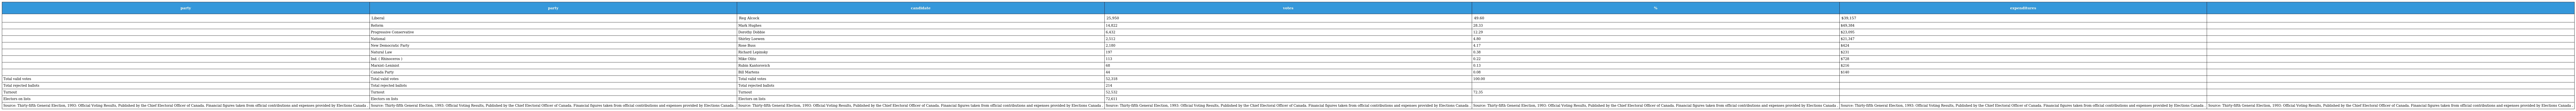
| party | party | candidate | votes | % | expenditures |  |
 | --- | --- | --- | --- | --- | --- | --- |
 |  | Liberal | Reg Alcock | 25,950 | 49.60 | $39,157 |  |
 |  | Reform | Mark Hughes | 14,822 | 28.33 | $49,384 |  |
 |  | Progressive Conservative | Dorothy Dobbie | 6,432 | 12.29 | $23,095 |  |
 |  | National | Shirley Loewen | 2,512 | 4.80 | $21,347 |  |
 |  | New Democratic Party | Rose Buss | 2,180 | 4.17 | $424 |  |
 |  | Natural Law | Richard Lepinsky | 197 | 0.38 | $231 |  |
 |  | Ind. ( Rhinoceros ) | Mike Olito | 113 | 0.22 | $728 |  |
 |  | Marxist–Leninist | Rubin Kantorovich | 68 | 0.13 | $216 |  |
 |  | Canada Party | Bill Martens | 44 | 0.08 | $140 |  |
 | Total valid votes | Total valid votes | Total valid votes | 52,318 | 100.00 |  |  |
 | Total rejected ballots | Total rejected ballots | Total rejected ballots | 214 |  |  |  |
 | Turnout | Turnout | Turnout | 52,532 | 72.35 |  |  |
 | Electors on lists | Electors on lists | Electors on lists | 72,611 |  |  |  |
 | Source: Thirty-fifth General Election, 1993: Official Voting Results, Published by the Chief Electoral Officer of Canada. Financial figures taken from official contributions and expenses provided by Elections Canada . | Source: Thirty-fifth General Election, 1993: Official Voting Results, Published by the Chief Electoral Officer of Canada. Financial figures taken from official contributions and expenses provided by Elections Canada . | Source: Thirty-fifth General Election, 1993: Official Voting Results, Published by the Chief Electoral Officer of Canada. Financial figures taken from official contributions and expenses provided by Elections Canada . | Source: Thirty-fifth General Election, 1993: Official Voting Results, Published by the Chief Electoral Officer of Canada. Financial figures taken from official contributions and expenses provided by Elections Canada . | Source: Thirty-fifth General Election, 1993: Official Voting Results, Published by the Chief Electoral Officer of Canada. Financial figures taken from official contributions and expenses provided by Elections Canada . | Source: Thirty-fifth General Election, 1993: Official Voting Results, Published by the Chief Electoral Officer of Canada. Financial figures taken from official contributions and expenses provided by Elections Canada . | Source: Thirty-fifth General Election, 1993: Official Voting Results, Published by the Chief Electoral Officer of Canada. Financial figures taken from official contributions and expenses provided by Elections Canada . |